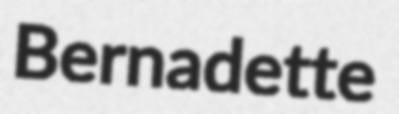
Bernadette